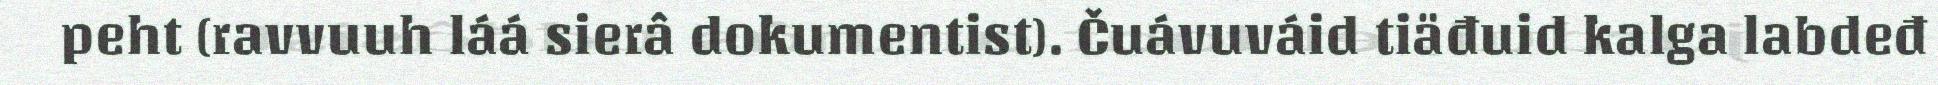
peht (ravvuuh láá sierâ dokumentist). Čuávuváid tiäđuid kalga labdeđ